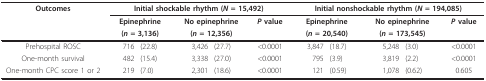
<table><thead><tr><td><b>Outcomes</b></td><td colspan="5"><b>Initial shockable rhythm (<i>N </i>= 15,492)</b></td><td colspan="5"><b>Initial nonshockable rhythm (<i>N </i>= 194,085)</b></td></tr><tr><td></td><td colspan="2"><b>Epinephrine</b></td><td colspan="2"><b>No epinephrine</b></td><td><b><i>P </i>value</b></td><td colspan="2"><b>Epinephrine</b></td><td colspan="2"><b>No epinephrine</b></td><td><b><i>P </i>value</b></td></tr><tr><td></td><td colspan="2"><b>(<i>n </i>= 3,136)</b></td><td colspan="2"><b>(<i>n </i>= 12,356)</b></td><td></td><td colspan="2"><b>(<i>n </i>= 20,540)</b></td><td colspan="2"><b>(<i>n </i>= 173,545)</b></td><td></td></tr></thead><tbody><tr><td>Prehospital ROSC</td><td>716</td><td>(22.8)</td><td>3,426</td><td>(27.7)</td><td>&lt;0.0001</td><td>3,847</td><td>(18.7)</td><td>5,248</td><td>(3.0)</td><td>&lt;0.0001</td></tr><tr><td>One-month survival</td><td>482</td><td>(15.4)</td><td>3,338</td><td>(27.0)</td><td>&lt;0.0001</td><td>795</td><td>(3.9)</td><td>3,819</td><td>(2.2)</td><td>&lt;0.0001</td></tr><tr><td>One-month CPC score 1 or 2</td><td>219</td><td>(7.0)</td><td>2,301</td><td>(18.6)</td><td>&lt;0.0001</td><td>121</td><td>(0.59)</td><td>1,078</td><td>(0.62)</td><td>0.605</td></tr></tbody></table>